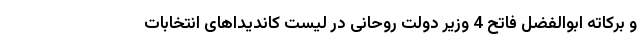
و برکاته ابوالفضل فاتح 4 وزیر دولت روحانی در لیست کاندیداهای انتخابات